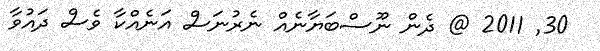
30